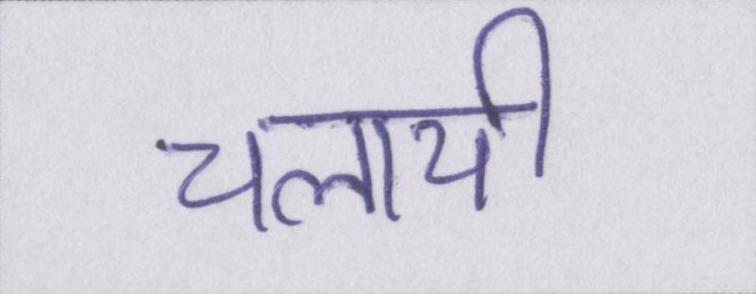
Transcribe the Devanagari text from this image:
चलायी